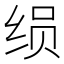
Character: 𰬚